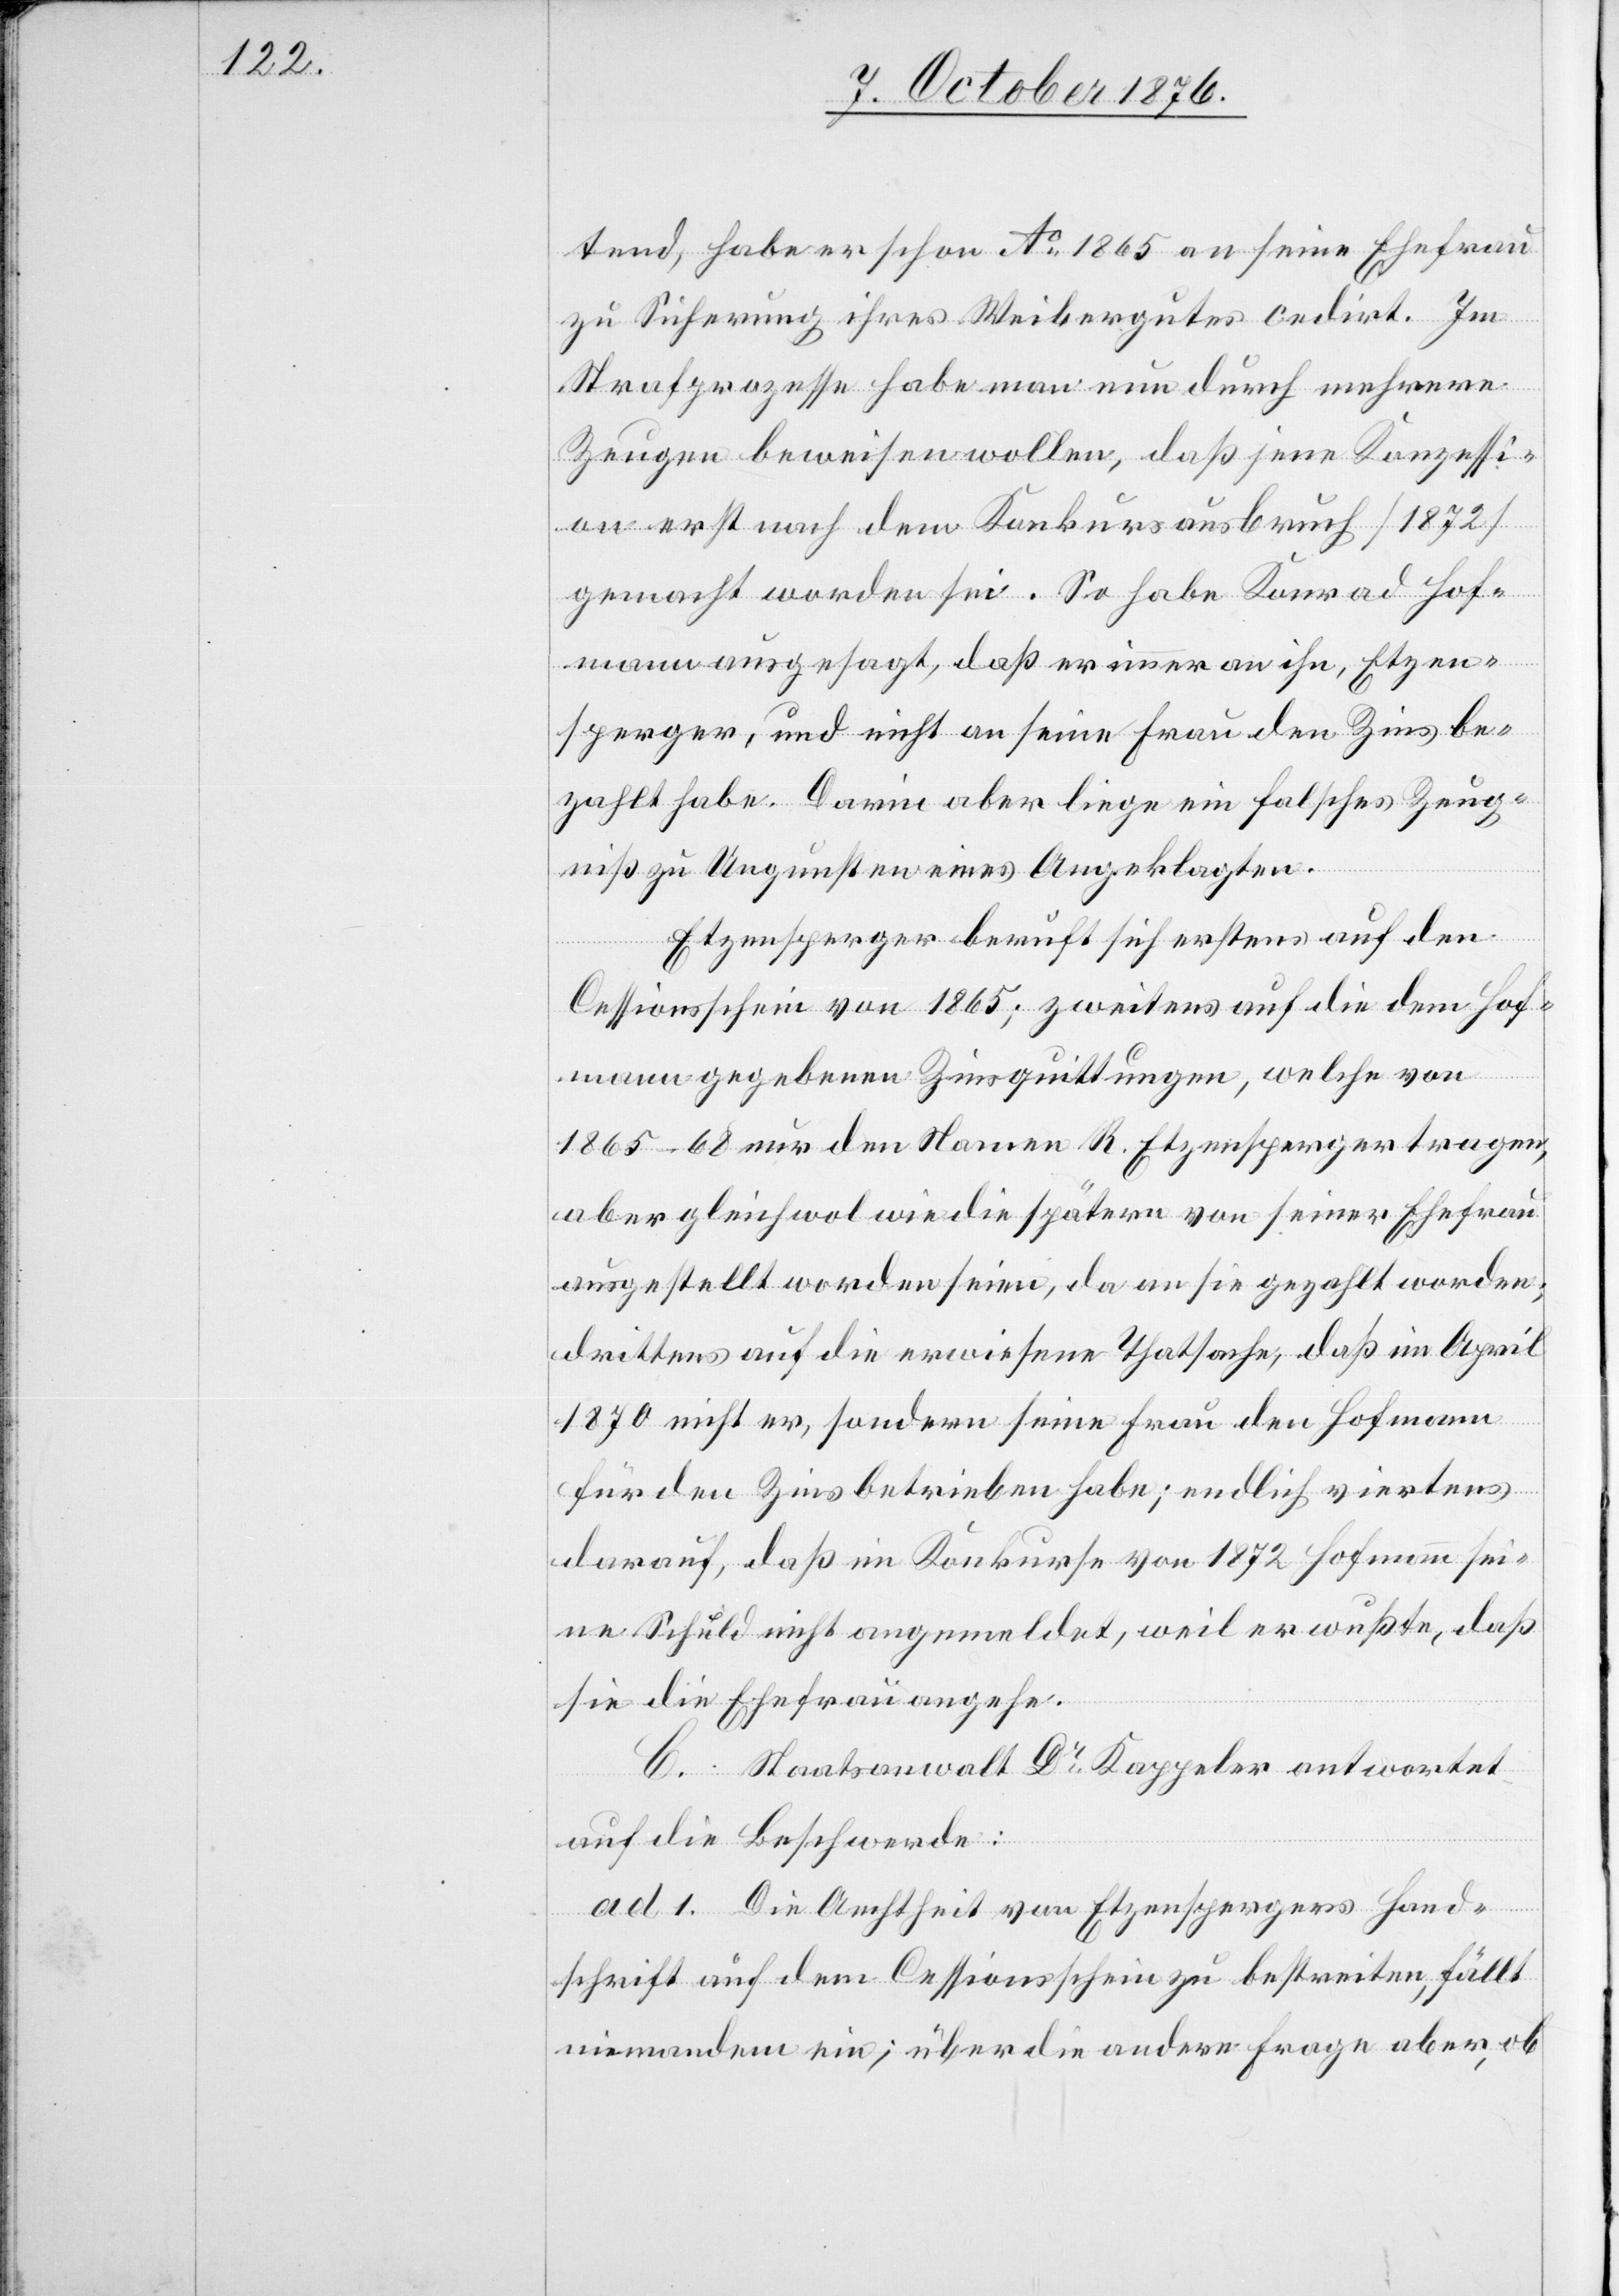
tend, habe er schon Ao 1865 an seine Ehefrau
zur] Sicherung ihres Weibergutes cedirt. Im
Strafprozesse habe man nun durch mehrere
Zeugen beweisen wollen, daß jene Konzessi¬
on erst nach dem Konkursaufbruch [1872]
gemacht worden sei. So habe Konrad Hof¬
mann ausgesagt, daß er immer an ihn, Etzen¬
sperger, und nicht an seine Frau den Zins be¬
zahlt habe. Darin aber liege ein falsches Zeug¬
nis zu Ungunsten eines Angeklagten.
Etzensperger beruft sich erstens auf den
Cessionsschein von 1865; zweitens auf die dem Hof¬
mann gegebenen Zinsquittungen, welche von
1865–68 nur den Namen R. Etzensperger tragen,
aber gleichwol wie die spätern von seiner Ehefrau
ausgestellt worden seien, da an sie gezahlt worden;
drittens auf die erwiesene Thatsache, daß im April
1870 nicht er, sondern seine Frau den Hofmann
für den Zins betrieben habe; endlich viertens
darauf, daß im Konkurse von 1872 Hofmann sei¬
ne Schuld nicht angemeldet, weil er wußte, daß
sie die Ehefrau angehe.
C. Staatsanwalt Dr Kappeler antwortet
auf die Beschwerde:
ad 1. Die Aechtheit von Etzenspergers Hand¬
schrift auf dem Cessionsschein zu bestreiten, fällt
niemandem ein; über die andere Frage aber, ob